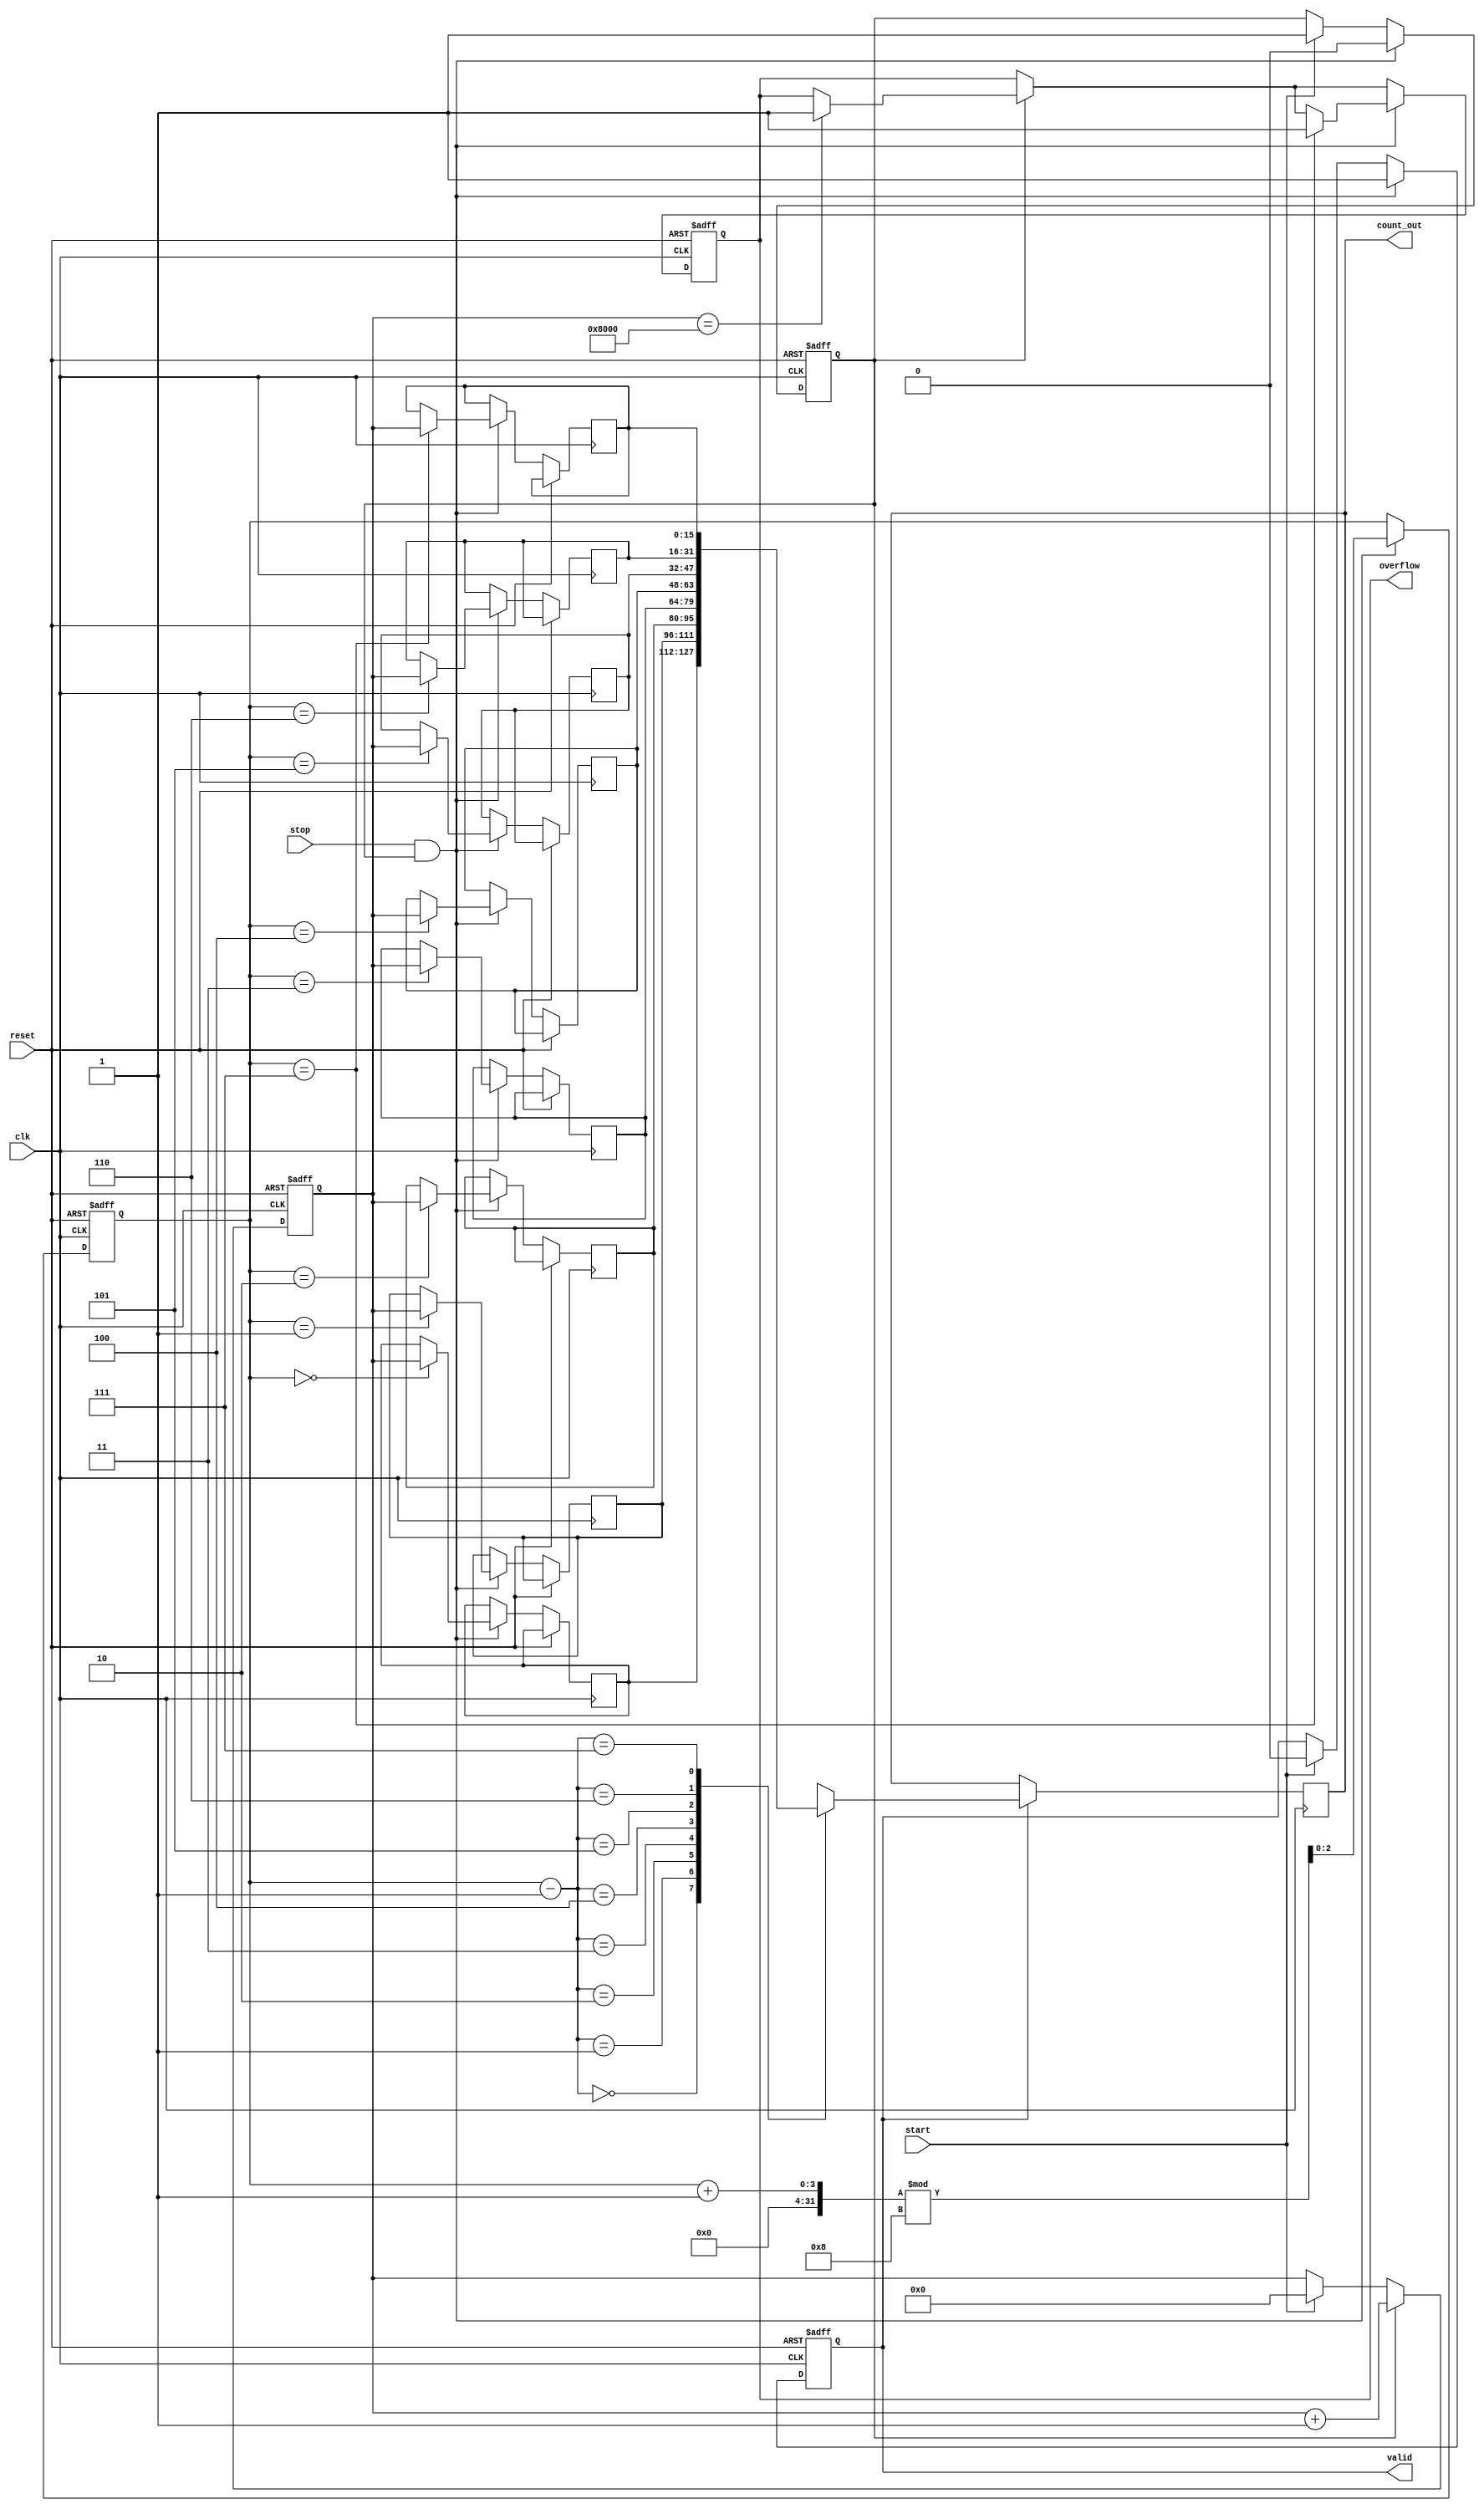
module TDC (
    input wire clk,           // Clock signal
    input wire reset,         // Reset signal
    input wire start,         // Start signal
    input wire stop,          // Stop signal
    output reg [15:0] count_out, // Output count value
    output reg valid,         // Valid output signal
    output reg overflow       // Overflow indication
);

    // Parameters
    parameter COUNTER_WIDTH = 16; // Width of the counter
    parameter MEMORY_DEPTH = 8;     // Depth of the memory block

    // Internal signals
    reg [COUNTER_WIDTH-1:0] counter; // Counter for clock cycles
    reg [COUNTER_WIDTH-1:0] memory [0:MEMORY_DEPTH-1]; // Memory block
    reg [2:0] write_pointer;          // Pointer for writing to memory
    reg counting;                     // Counting state flag

    // Initialization
    initial begin
        counter = 0;
        write_pointer = 0;
        valid = 0;
        overflow = 0;
    end

    // Counter and control logic
    always @(posedge clk or posedge reset) begin
        if (reset) begin
            counter <= 0;
            write_pointer <= 0;
            valid <= 0;
            overflow <= 0;
            counting <= 0;
        end else begin
            if (start) begin
                counting <= 1; // Start counting
                counter <= 0;  // Reset counter
                valid <= 0;    // Reset valid flag
            end
            
            if (counting) begin
                counter <= counter + 1; // Increment counter
                if (counter == {1'b1, {COUNTER_WIDTH-1{1'b0}}}) begin
                    overflow <= 1; // Set overflow if counter exceeds max value
                end
            end
            
            if (stop && counting) begin
                counting <= 0; // Stop counting
                memory[write_pointer] <= counter; // Store count in memory
                write_pointer <= (write_pointer + 1) % MEMORY_DEPTH; // Update write pointer
                valid <= 1; // Set valid flag
                if (write_pointer == MEMORY_DEPTH - 1) begin
                    overflow <= 1; // Indicate overflow if memory is full
                end
            end
        end
    end

    // Output logic
    always @(posedge clk) begin
        if (valid) begin
            count_out <= memory[write_pointer - 1]; // Output the last stored count
        end
    end

endmodule